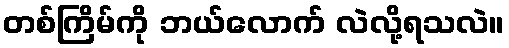
တစ်ကြိမ်ကို ဘယ်လောက် လဲလို့ရသလဲ။